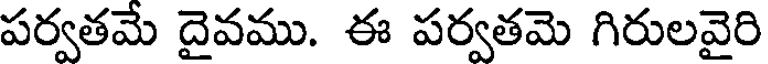
పర్వతమే దైవము. ఈ పర్వతమె గిరులవైరి